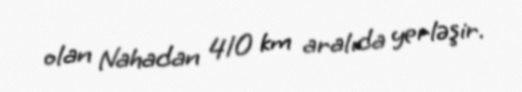
olan Nahadan 410 km aralıda yerləşir.